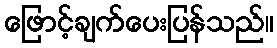
ဖြောင့်ချက်ပေးပြန်သည်။